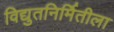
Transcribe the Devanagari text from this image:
विद्युतनिर्मितीला